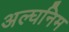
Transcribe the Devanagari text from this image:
अल्घनिम